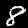
Label: 8